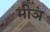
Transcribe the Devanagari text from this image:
मीञ